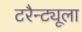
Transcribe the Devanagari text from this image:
टरैन्ट्यूला